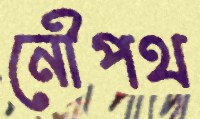
নৌপথ